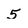
Character: 5